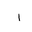
Letter: _alif